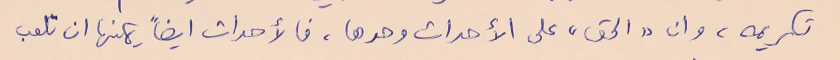
تكريمه، وان "الحق" على الأحداث وحدها، فالأحداث ايضاً يمكنها ان تلعب